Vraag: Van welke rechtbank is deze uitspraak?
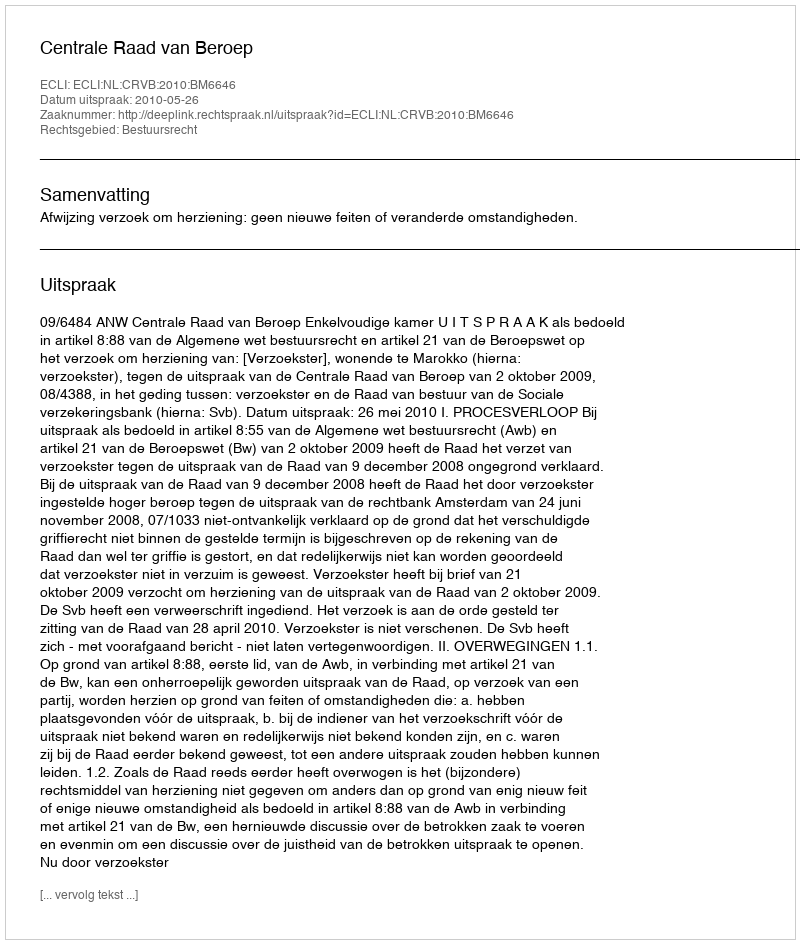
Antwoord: Centrale Raad van Beroep